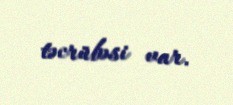
təcrübəsi var.